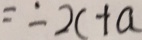
= - 2 c + a